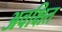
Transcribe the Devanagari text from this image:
अवक्षित